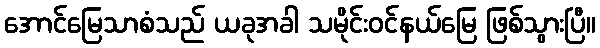
အောင်မြေသာစံသည် ယခုအခါ သမိုင်းဝင်နယ်မြေ ဖြစ်သွားပြီ။